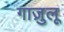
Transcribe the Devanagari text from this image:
गाज़ुलू